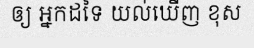
ឲ្យ អ្នកដទៃ យល់ឃើញ ខុស